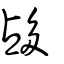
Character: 𡖡